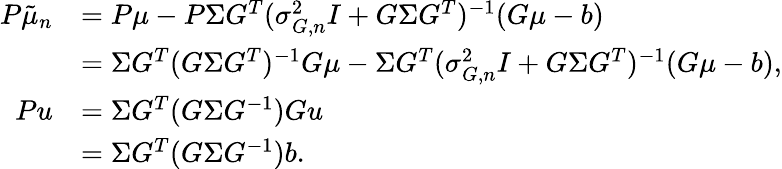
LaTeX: \begin{array}{rl}{P\tilde{\mu}_{n}}&{=P\mu-P\Sigma G^{T}(\sigma_{G,n}^{2}I+G\Sigma G^{T})^{-1}(G\mu-b)}\\ &{=\Sigma G^{T}(G\Sigma G^{T})^{-1}G\mu-\Sigma G^{T}(\sigma_{G,n}^{2}I+G\Sigma G^{T})^{-1}(G\mu-b),}\\ {Pu}&{=\Sigma G^{T}(G\Sigma G^{-1})Gu}\\ &{=\Sigma G^{T}(G\Sigma G^{-1})b.}\end{array}